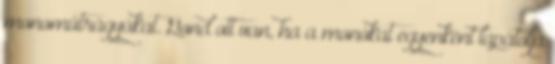
monoműtrágyákat. Gond ott van, ha a monókat egyenként lapátolja